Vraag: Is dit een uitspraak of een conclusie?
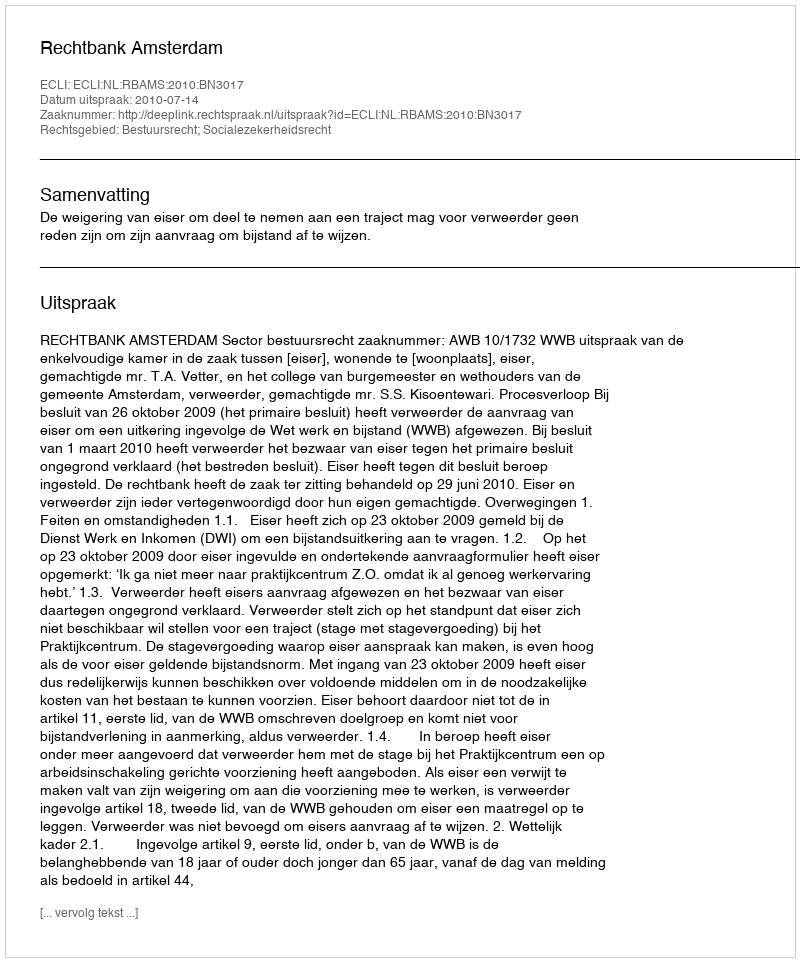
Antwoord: Uitspraak